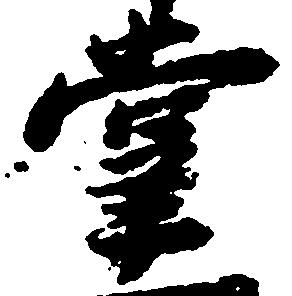
掌